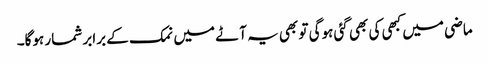
ماضی میں کبھی کی بھی گئی ہوگی تو بھی یہ آٹے میں نمک کے برابر شمار ہوگا۔